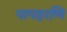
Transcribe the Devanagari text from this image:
पापहरणि